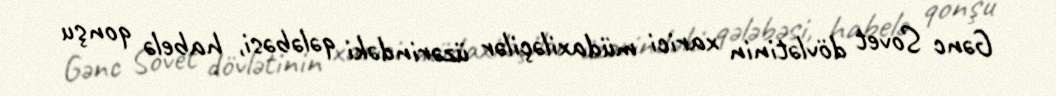
Gənc Sovet dövlətinin xarici müdaxiləçilər üzərindəki qələbəsi, habelə qonşu